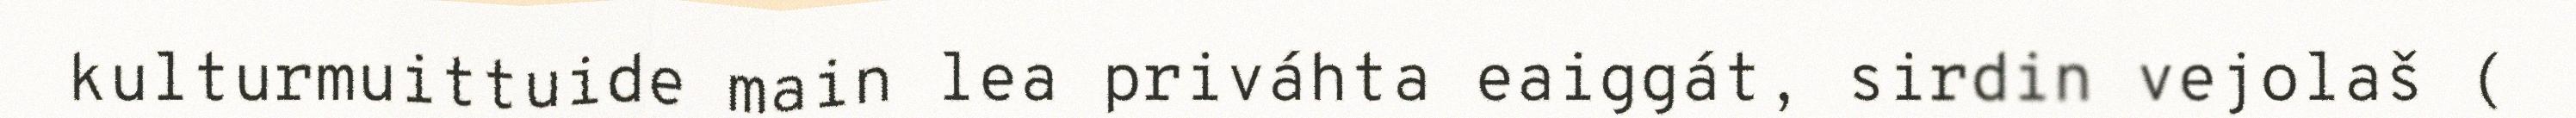
kulturmuittuide main lea priváhta eaiggát, sirdin vejolaš (